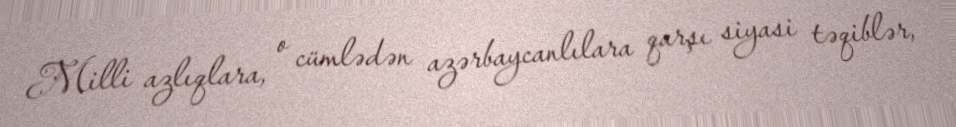
Milli azlıqlara, o cümlədən azərbaycanlılara qarşı siyasi təqiblər,